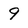
Character: 9